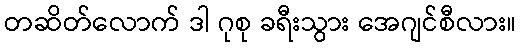
တဆိတ်လောက် ဒါ ဂုစု ခရီးသွား အေဂျင်စီလား။